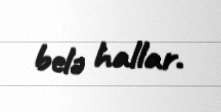
belə hallar.